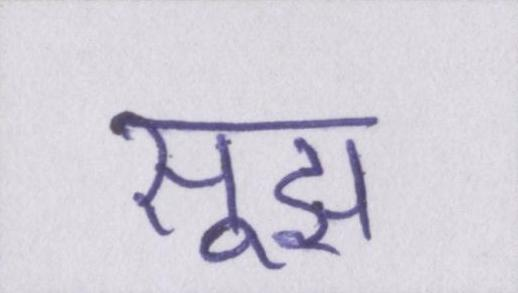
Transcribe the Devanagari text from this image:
सूझ